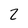
Character: 2